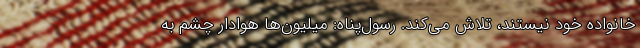
خانواده خود نیستند، تلاش می‌کند. رسول‌پناه: میلیون‌ها هوادار چشم به